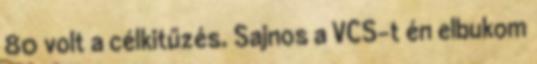
80 volt a célkitűzés. Sajnos a VCS-t én elbukom